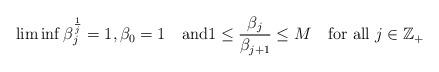
LaTeX: \begin{align*}\liminf\beta_j^{\frac{1}{j}}=1,\beta_0=1\quad\mbox{and}1\le \frac{\beta_j}{\beta_{j+1}}\le M \quad\mbox{for all $j\in{\mathbb Z}_+$}\end{align*}